Vaccination North-Western Provinces and Oudh 1896-1901 - 1896-1901
Year: 1896
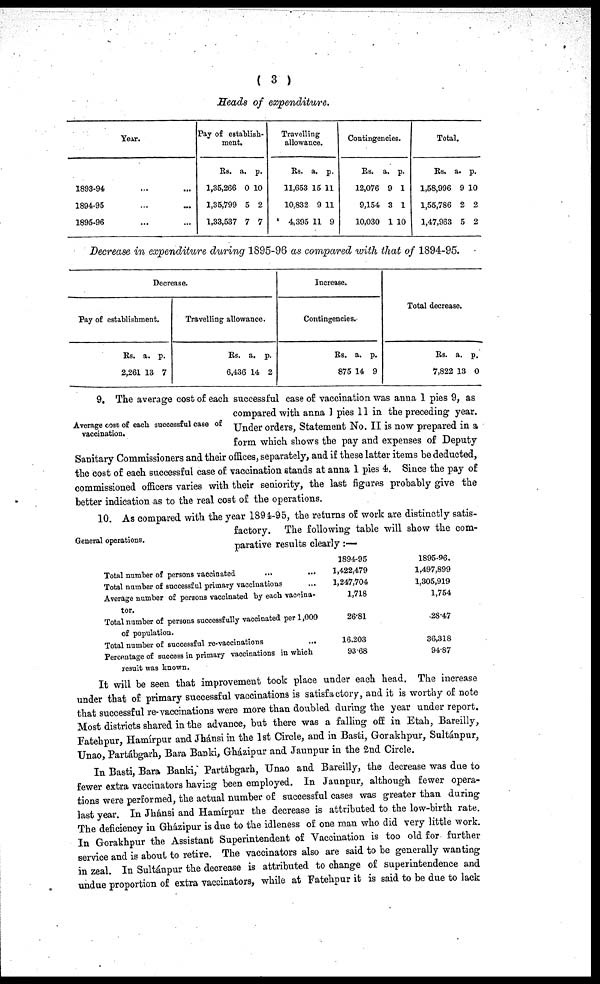
( 3 )
Heads of
expenditure.
Year.
1893-94 ... ...
1894-95 ... ...
1895-96 ... ...
Pay of establish-
ment.
Rs.
1,35,266
1,35,799
1,33,537
a.
0
5
7
p.
10
2
7
Travelling
allowance.
Rs.
11,653
10,832
4,395
a.
15
9
11
p.
11
11
9
Contingencies.
Rs.
12,076
9,154
10,030
a.
9
3
1
p.
1
1
10
Total.
Rs.
1,58,996
1,55,786
1,47,963
a.
9
2
5
p.
10
2
2
Decrease in expenditure during 1895-96 as compared with that of 1894-95.
Decrease.
Pay of establishment.
Rs.
2,261
a.
13
p.
7
Travelling allowance.
Rs.
6,436
a.
14
p.
2
Increase.
Contingencies.
Rs.
875
a.
14
p.
9
Total decrease.
Rs.
7,822
a.
13
p.
0
Average cost of each successful case of
vaccination.
9. The average cost of each successful case of vaccination was anna 1 pies 9, as
compared with anna 1 pies 11 in the preceding year.
Under orders, Statement No. II is now prepared in a
form which shows the pay and expenses of Deputy
Sanitary Commissioners and their offices, separately, and if these latter items be deducted,
the cost of each successful case of vaccination stands at anna 1 pies 4. Since the pay of
commissioned officers varies with their seniority, the last figures probably give the
better indication as to the real cost of the operations.
General operations.
10. As compared with the year 1894-95, the returns of work are distinctly satis-
factory. The following table will show the com-
parative results clearly:—
Total number of persons vaccinated ... ...
Total number of successful primary vaccinations ...
Average number of persons vaccinated by each vaccina¬
tor.
Total number of persons successfully vaccinated per 1,000
of population.
Total number of successful re-vaccinations.
Percentage of success in primary vaccinations in which
result was known.
1894-95
1,422,479
1,247,704
1,718
26.81
16.203
93.68
1895-96.
1,497,899
1,305,919
1,754
28.47
36,318
94.87
It will be seen that improvement took place under each head. The increase
under that of primary successful vaccinations is satisfactory, and it is worthy of note
that successful re-vaccinations were more than doubled during the year under report
Most districts shared in the advance, but there was a falling off in Etah, Bareilly,
Fatehpur, Hamírpur and Jhánsi in the 1st Circle, and in Basti, Gorakhpur, Sultánpur,
Unao, Partábgarh, Bara Banki, Gházipur and Jaunpur in the 2nd Circle.
In Basti, Bara Banki, Partábgarh, Unao and Bareilly, the decrease was due to
fewer extra vaccinators having been employed. In Jaunpur, although fewer opera-
tions were performed, the actual number of successful cases was greater than during
last year. In Jhánsi and Hamírpur the decrease is attributed to the low-birth rate.
The deficiency in Gházipur is due to the idleness of one man who did very little work.
In Gorakhpur the Assistant Superintendent of Vaccination is too old for further
service and is about to retire. The vaccinators also are said to be generally wanting
in zeal. In Sultánpur the decrease is attributed to change of superintendence and
undue proportion of extra vaccinators, while at Fatehpur it is said to be due to lack